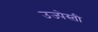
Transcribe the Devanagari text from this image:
उज्पेस्ती